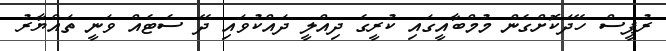
ރުޕީސް ހޭދަކޮށްގެން މުމްބާއީގައި ކުރީގެ ދިއްލީ ދައްކުވައި ދޭ ސެޓެއް ވަނީ ތައްޔާރު